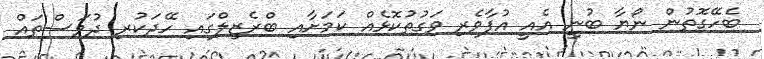
ބެހޭގޮތުން ނޯޔާ ބުނީ އެއީ އުފާވެރި ވަގުތުކޮޅެއް ކަމަށާއި ބްރެޒިލްގައި ހޭދަކުރި ދުވަސްތައް